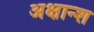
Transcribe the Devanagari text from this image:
अक्षान्श